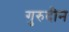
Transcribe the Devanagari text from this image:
गुरुदीन